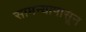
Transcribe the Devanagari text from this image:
सामन्यापासून